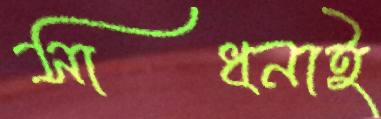
সাধনাই